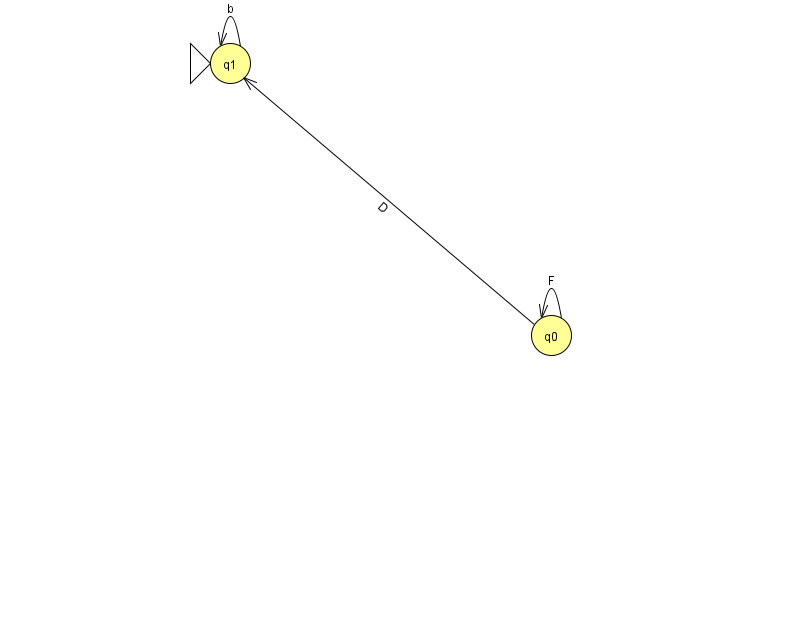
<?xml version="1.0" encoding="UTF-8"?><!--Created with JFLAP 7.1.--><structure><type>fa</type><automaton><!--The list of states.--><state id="0" name="q0"><x>551.0</x><y>322.0</y></state><state id="1" name="q1"><x>230.0</x><y>50.0</y><initial/></state><!--The list of transitions.--><transition><from>1</from><to>1</to><read>b</read></transition><transition><from>0</from><to>0</to><read>F</read></transition><transition><from>0</from><to>1</to><read>D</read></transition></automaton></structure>